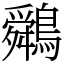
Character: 䴄